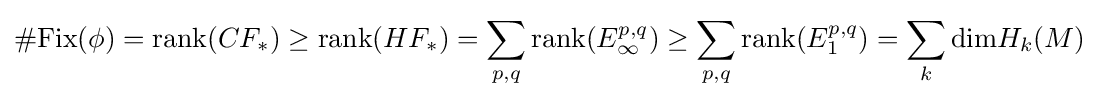
\#{\text{Fix}}(\phi )={\text{rank}}(CF_{*})\geq {\text{rank}}(HF_{*})=\sum _{p,q}{\text{rank}}(E_{\infty }^{p,q})\geq \sum _{p,q}{\text{rank}}(E_{1}^{p,q})=\sum _{k}{\text{dim}}H_{k}(M)